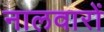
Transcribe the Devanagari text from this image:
नालवारों